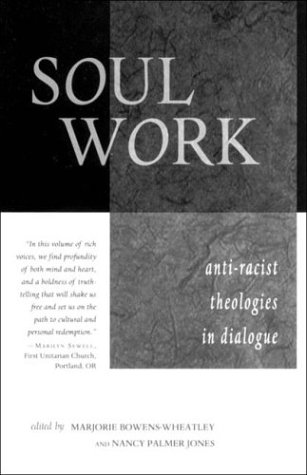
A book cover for Soul Work: Anti-Racist Theologies in Dialogue; Religion & Spirituality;